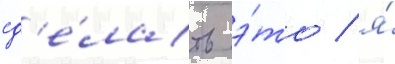
сд'е́лать э́то / я́